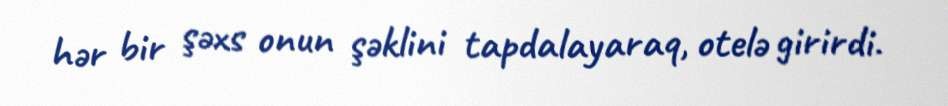
hər bir şəxs onun şəklini tapdalayaraq, otelə girirdi.